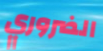
الضروري